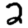
Digit: 2